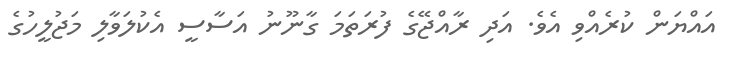
އައްޔަން ކުރެއްވި އެވެ. އަދި ރާއްޖޭގެ ފުރަތަމަ ގާނޫނު އަސާސީ އެކުލަވާލި މަޖުލީހުގެ